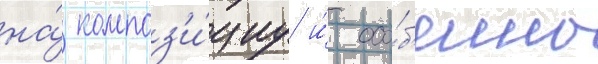
на́ композ'и́циу и́ осо́б'енно